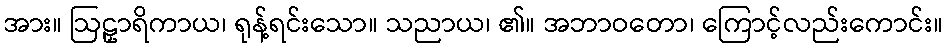
အား။ ဩဠှာရိကာယ၊ ရုန့်ရင်းသော။ သညာယ၊ ၏။ အဘာဝတော၊ ကြောင့်လည်းကောင်း။